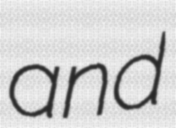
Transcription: and